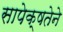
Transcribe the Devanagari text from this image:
सापेक्षतेने